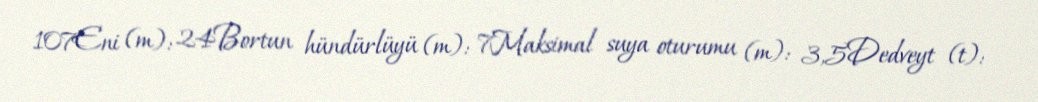
107Eni (m): 24Bortun hündürlüyü (m): 7Maksimal suya oturumu (m): 3,5Dedveyt (t):